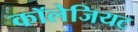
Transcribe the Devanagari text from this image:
कॉलेजियट